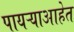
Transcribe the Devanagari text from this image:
पायऱ्याआहेत